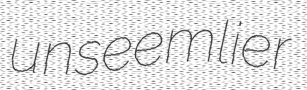
unseemlier